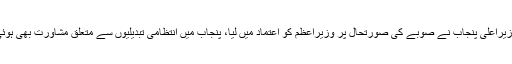
وزیراعلیٰ پنجاب نے صوبے کی صورتحال پر وزیراعظم کو اعتماد میں لیا، پنجاب میں انتظامی تبدیلیوں سے متعلق مشاورت بھی ہوئی۔